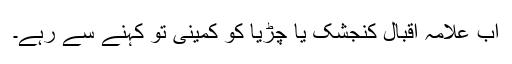
اب علامہ اقبال کنجشک یا چڑیا کو کمینی تو کہنے سے رہے۔